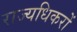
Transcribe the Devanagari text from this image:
राज्यधिकरों